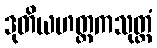
ဒုတိယဟတ္ထကသုတ္တံ